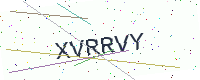
Text: XVRRVY